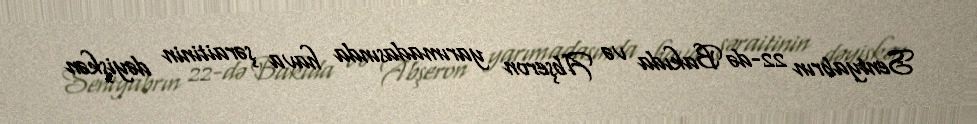
Sentyabrın 22-də Bakıda və Abşeron yarımadasında hava şəraitinin dəyişkən